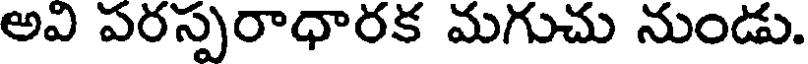
అవి పరస్పరాధారక మగుచు నుండు.